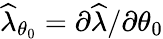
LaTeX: \widehat{\lambda}_{\theta_{0}}=\partial\widehat{\lambda}/\partial\theta_{0}